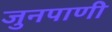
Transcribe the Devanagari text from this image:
जुनपाणी